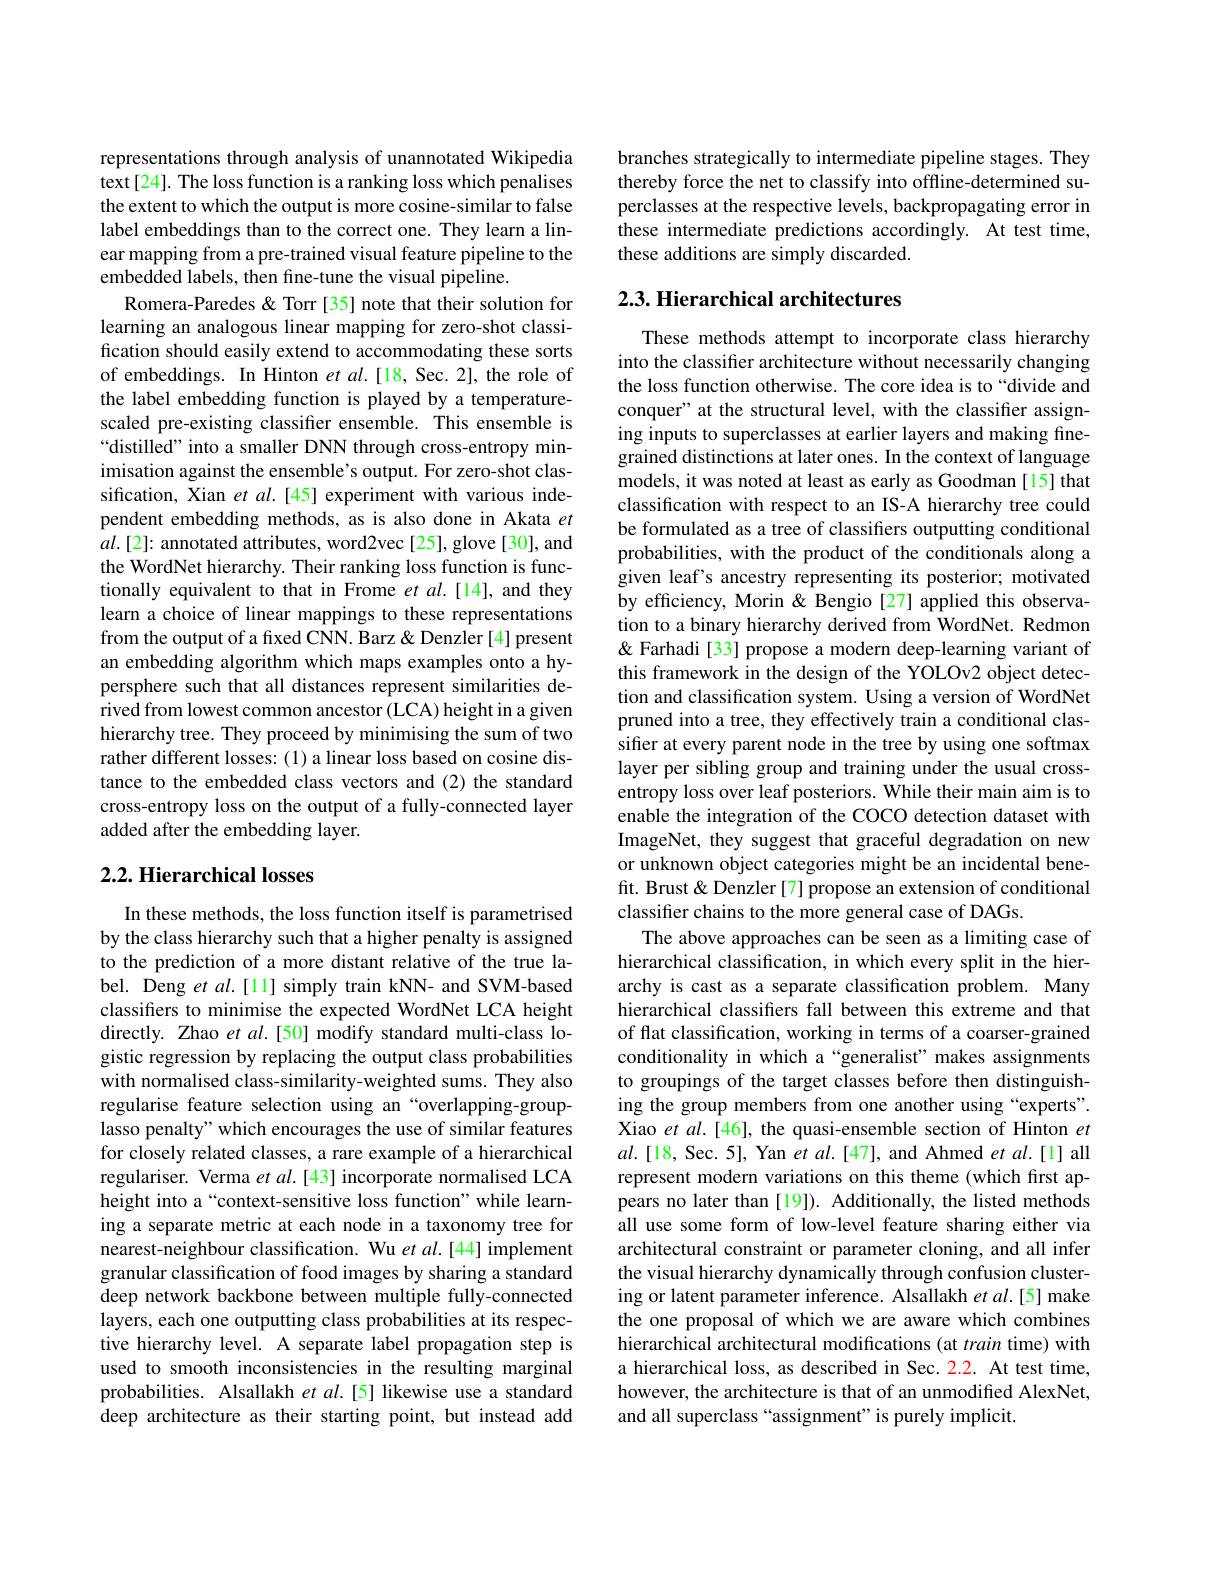
representations through analysis of unannotated Wikipedia text[24]. The loss function is a ranking loss which penalises the extent to which the output is more cosine-similar to false label embeddings than to the correct one. They learn a linear mapping from a pre-trained visual feature pipeline to the embedded labels, then fine-tune the visual pipeline.
Romera-Paredes& Torr [35] note that their solution for learning an analogous linear mapping for zero-shot classification should easily extend to accommodating these sorts of embeddings. In Hinton et al.[18, Sec. 2], the role of the label embedding function is played by a temperaturescaled pre-existing classifier ensemble. This ensemble is “distilled" into a smaller DNN through cross-entropy minimisation against the ensemble's output. For zero-shot classification, Xian et $al.[45]$ experiment with various independent embedding methods, as is also done in Akata $et$ $al.[2]{:}$ annotated attributes, word2vec[25], glove[30], and the WordNet hierarchy. Their ranking loss function is functionally equivalent to that in Frome $etal.[14]$, and they learn a choice of linear mappings to these representations from the output of a fixed CNN. Barz &Denzler [4] present an embedding algorithm which maps examples onto a hypersphere such that all distances represent similarities derived from lowest common ancestor (LCA) height in a given hierarchy tree. They proceed by minimising the sum of two rather different losses: (1) a linear loss based on cosine distance to the embedded class vectors and (2) the standard cross-entropy loss on the output of a fully-connected layer added after the embedding layer.

## 2.2. Hierarchical losses

In these methods, the loss function itself is parametrised by the class hierarchy such that a higher penalty is assigned to the prediction of a more distant relative of the true label. Deng et al.[11] simply train kNN- and SVM-based classifiers to minimise the expected WordNet LCA height directly. Zhao et al.[50] modify standard multi-class logistic regression by replacing the output class probabilities with normalised class-similarity-weighted sums. They also regularise feature selection using an“overlapping-grouplasso penalty" which encourages the use of similar features for closely related classes, a rare example of a hierarchical regulariser. Verma $etal.[43]$ incorporate normalised LCA height into a“context-sensitive loss function"while learning a separate metric at each node in a taxonomy tree for nearest-neighbour classification. Wu et al.[44] implement granular classification of food images by sharing a standard deep network backbone between multiple fully-connected layers, each one outputting class probabilities at its respective hierarchy level. A separate label propagation step is used to smooth inconsistencies in the resulting marginal probabilities. Alsallakh et al.[5] likewise use a standard deep architecture as their starting point,but instead add

branches strategically to intermediate pipeline stages. They thereby force the net to classify into offline-determined superclasses at the respective levels, backpropagating error in $\hat{\text{these intermediate predictions accordingly. }}$ At test time, these additions are simply discarded.

## 2.3. Hierarchical architectures

These methods attempt to incorporate class hierarchy into the classifier architecture without necessarily changing the loss function otherwise. The core idea is to“divide and conquer" at the structural level, with the classifier assigning inputs to superclasses at earlier layers and making finegrained distinctions at later ones. In the context of language models, it was noted at least as early as Goodman [15] that classification with respect to an IS-A hierarchy tree could be formulated as a tree of classifiers outputting conditional probabilities, with the product of the conditionals along a given leaf's ancestry representing its posterior; motivated by efficiency, Morin & Bengio [27] applied this observation to a binary hierarchy derived from WordNet. Redmon & Farhadi [33] propose a modern deep-learning variant of this framework in the design of the YOLOv2 object detection and classification system. Using a version of WordNet pruned into a tree, they effectively train a conditional classifer at every parent node in the tree by using one softmax layer per sibling group and training under the usual crossentropy loss over leaf posteriors. While their main aim is to enable the integration of the COCO detection dataset with ImageNet, they suggest that graceful degradation on new or unknown object categories might be an incidental benefit. Brust & Denzler [7] propose an extension of conditional classifer chains to the more general case of DAGs.
The above approaches can be seen as a limiting case of hierarchical classification, in which every split in the hierarchy is cast as a separate classification problem. Many hierarchical classifers fall between this extreme and that of flat classification, working in terms of a coarser-grained conditionality in which a“generalist”makes assignments to groupings of the target classes before then distinguishing the group members from one another using “experts”. Xiao et al.[46], the quasi-ensemble section of Hinton $et$ $al.[18$, Sec.5], Yan $etal.[47]$, and Ahmed $etal.[1]$ all represent modern variations on this theme (which first appears no later than[19]). Additionally, the listed methods all use some form of low-level feature sharing either via architectural constraint or parameter cloning, and all infer the visual hierarchy dynamically through confusion clustering or latent parameter inference. Alsallakh et al.[5] make the one proposal of which we are aware which combines hierarchical architectural modifications (at train time) with a hierarchical loss, as described in Sec. 2.2. At test time, however, the architecture is that of an unmodified AlexNet, and all superclass“assignment”is purely implicit.